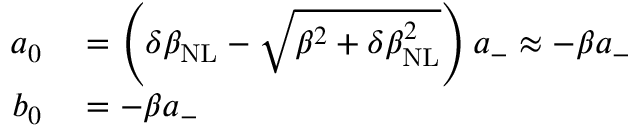
\begin{array} { r l } { a _ { 0 } } & { { } = \left( \delta \beta _ { \mathrm { N L } } - \sqrt { \beta ^ { 2 } + \delta \beta _ { \mathrm { N L } } ^ { 2 } } \right) a _ { - } \approx - \beta a _ { - } } \\ { b _ { 0 } } & { { } = - \beta a _ { - } } \end{array}